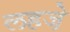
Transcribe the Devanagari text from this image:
लहजे़